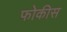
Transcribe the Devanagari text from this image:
फोकीस